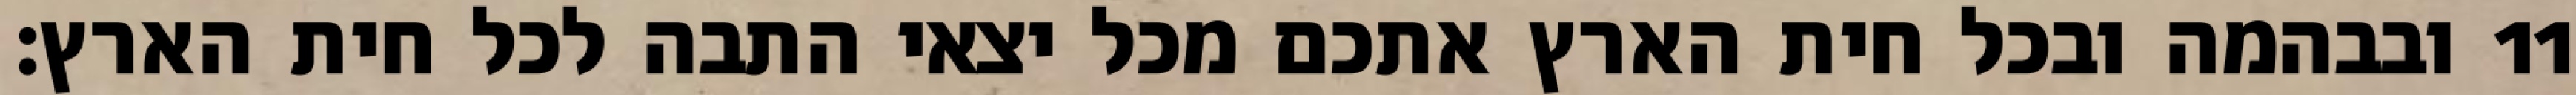
ובבהמה ובכל חית הארץ אתכם מכל יצאי התבה לכל חית הארץ׃ ‎11‏